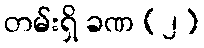
တမ်းရှိ ခဏ (၂)